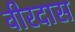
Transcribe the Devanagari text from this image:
वीरदास